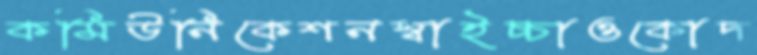
কমিউনিকেশনস্বাইচ্চাওকোদ